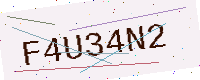
Text: F4U34N2